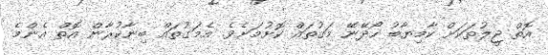
އޮތް ޖީލުތަކަށް ކާމިޔާބު ހޯދޭނޭ މަގުތައް ކޮށުމަށެވެ. އެމަގުތައް ބިނާކުރާން އޮތް އެންމެ